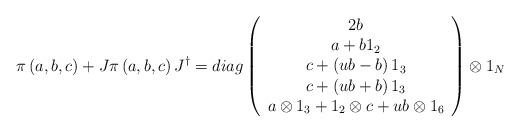
LaTeX: \begin{align*}\pi \left( a,b,c\right) +J\pi \left( a,b,c\right) J^{\dagger }=diag\left( \begin{array}{c}2b \\ a+b1_2 \\ c+\left( ub-b\right) 1_3 \\ c+\left( ub+b\right) 1_3 \\ a\otimes 1_3+1_2\otimes c+ub\otimes 1_6\end{array}\right) \otimes 1_N\end{align*}